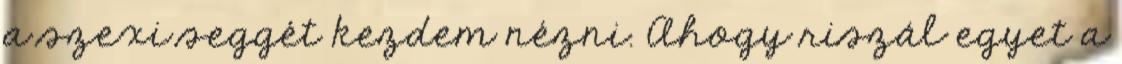
a szexi seggét kezdem nézni. Ahogy riszál egyet a